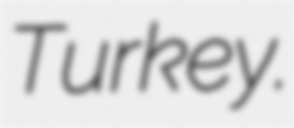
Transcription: Turkey.